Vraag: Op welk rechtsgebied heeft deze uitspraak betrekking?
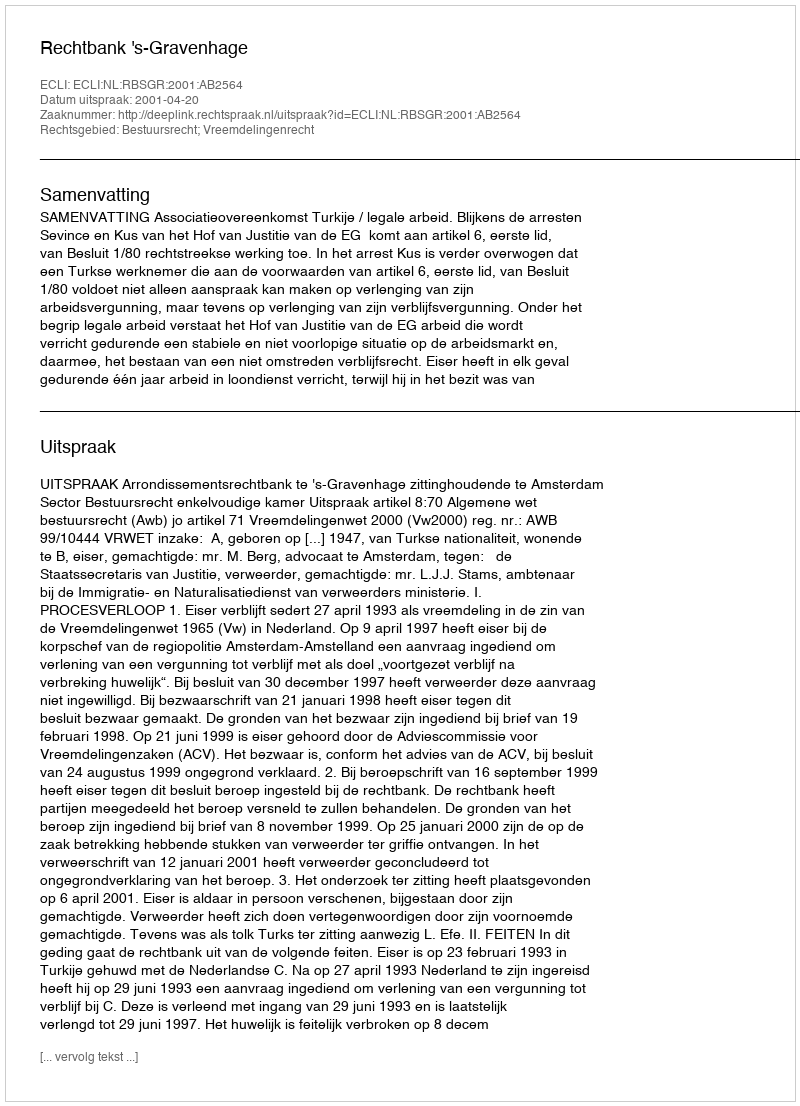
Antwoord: Bestuursrecht; Vreemdelingenrecht